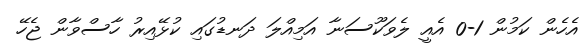
އެހެން ކަމުން 1-0 އެއީ ލެވަކޫސަނާ އަމިއްލަ ދަނޑުގައި ކުޅޭއިރު ހާސްވާން ޖެހޭ